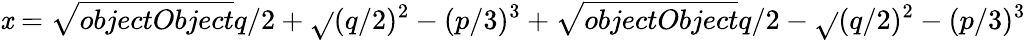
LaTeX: \mathit{x}={\sqrt{{{objectObject}}}{{q/2+{\sqrt{}{{(q/2)^{2}-(p/3)^{3}}}}}}}+{\sqrt{{{objectObject}}}{{q/2-{\sqrt{}{{(q/2)^{2}-(p/3)^{3}}}}}}}